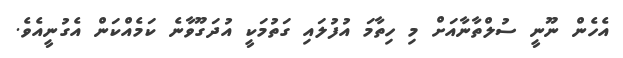
އެހެން ނޫނީ ސުލްތާނާއަށް މި ހިތާމަ އުފުލައި ގަތުމަކީ އުދަގޫވާނެ ކަމެއްކަން އެގުނީއެވެ.